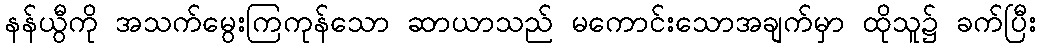
နန်ယွီကို အသက်မွေးကြကုန်သော ဆာယာသည် မကောင်းသောအချက်မှာ ထိုသူ၌ ခက်ပြီး